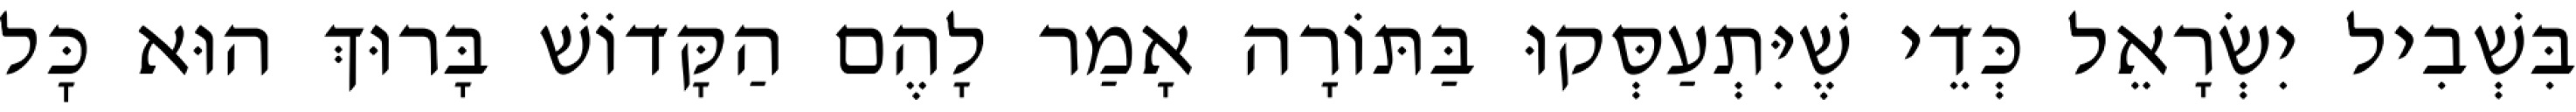
בִּשְׁבִיל יִשְׂרָאֵל כְּדֵי שֶׁיִּתְעַסְּקוּ בַּתּוֹרָה אָמַר לָהֶם הַקָּדוֹשׁ בָּרוּךְ הוּא כׇּל